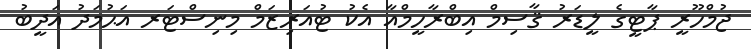
ޖުމްހޫރީ ޕާޓީގެ ލީޑަރު ޤާސިމް އިބްރާހީމްއާ އެކު ޓުއަރިޒަމް މިނިސްޓަރ އަޙުމަދު އަދީބު